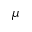
\mu